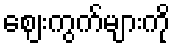
ဈေးကွက်များကို